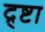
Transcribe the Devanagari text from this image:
द्र्ष्टा